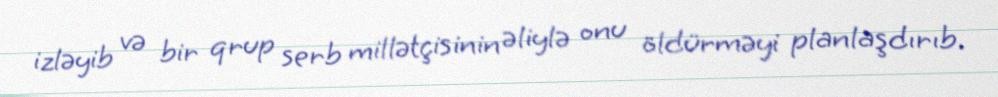
izləyib və bir qrup serb millətçisinin əliylə onu öldürməyi planlaşdırıb.